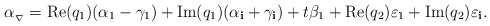
\begin{align*}\alpha_{_\nabla}=\mathrm{Re}(q_{1})(\alpha_{1}-\gamma_{1})+\mathrm{Im}(q_{1})(\alpha_{\bf{i}}+\gamma_{\bf{i}})+t\beta_{1}+\mathrm{Re}(q_{2})\varepsilon_{1}+\mathrm{Im}(q_{2})\varepsilon_{\bf i}.\end{align*}